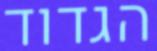
הגדוד